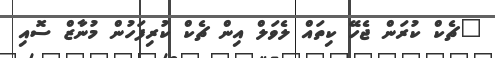
"ޗެކް ކުރަން ޖެހޭ ކިތައް ލެވަލް އިން ޗެކް ކުރިފަހުން މުނާޒް ސޮއި